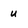
Character: u